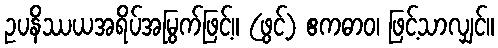
ဥပနိဿယအရိပ်အမြွက်ဖြင့်။ (ဖွင့်) ဧကဓာဝ၊ ဖြင့်သာလျှင်။